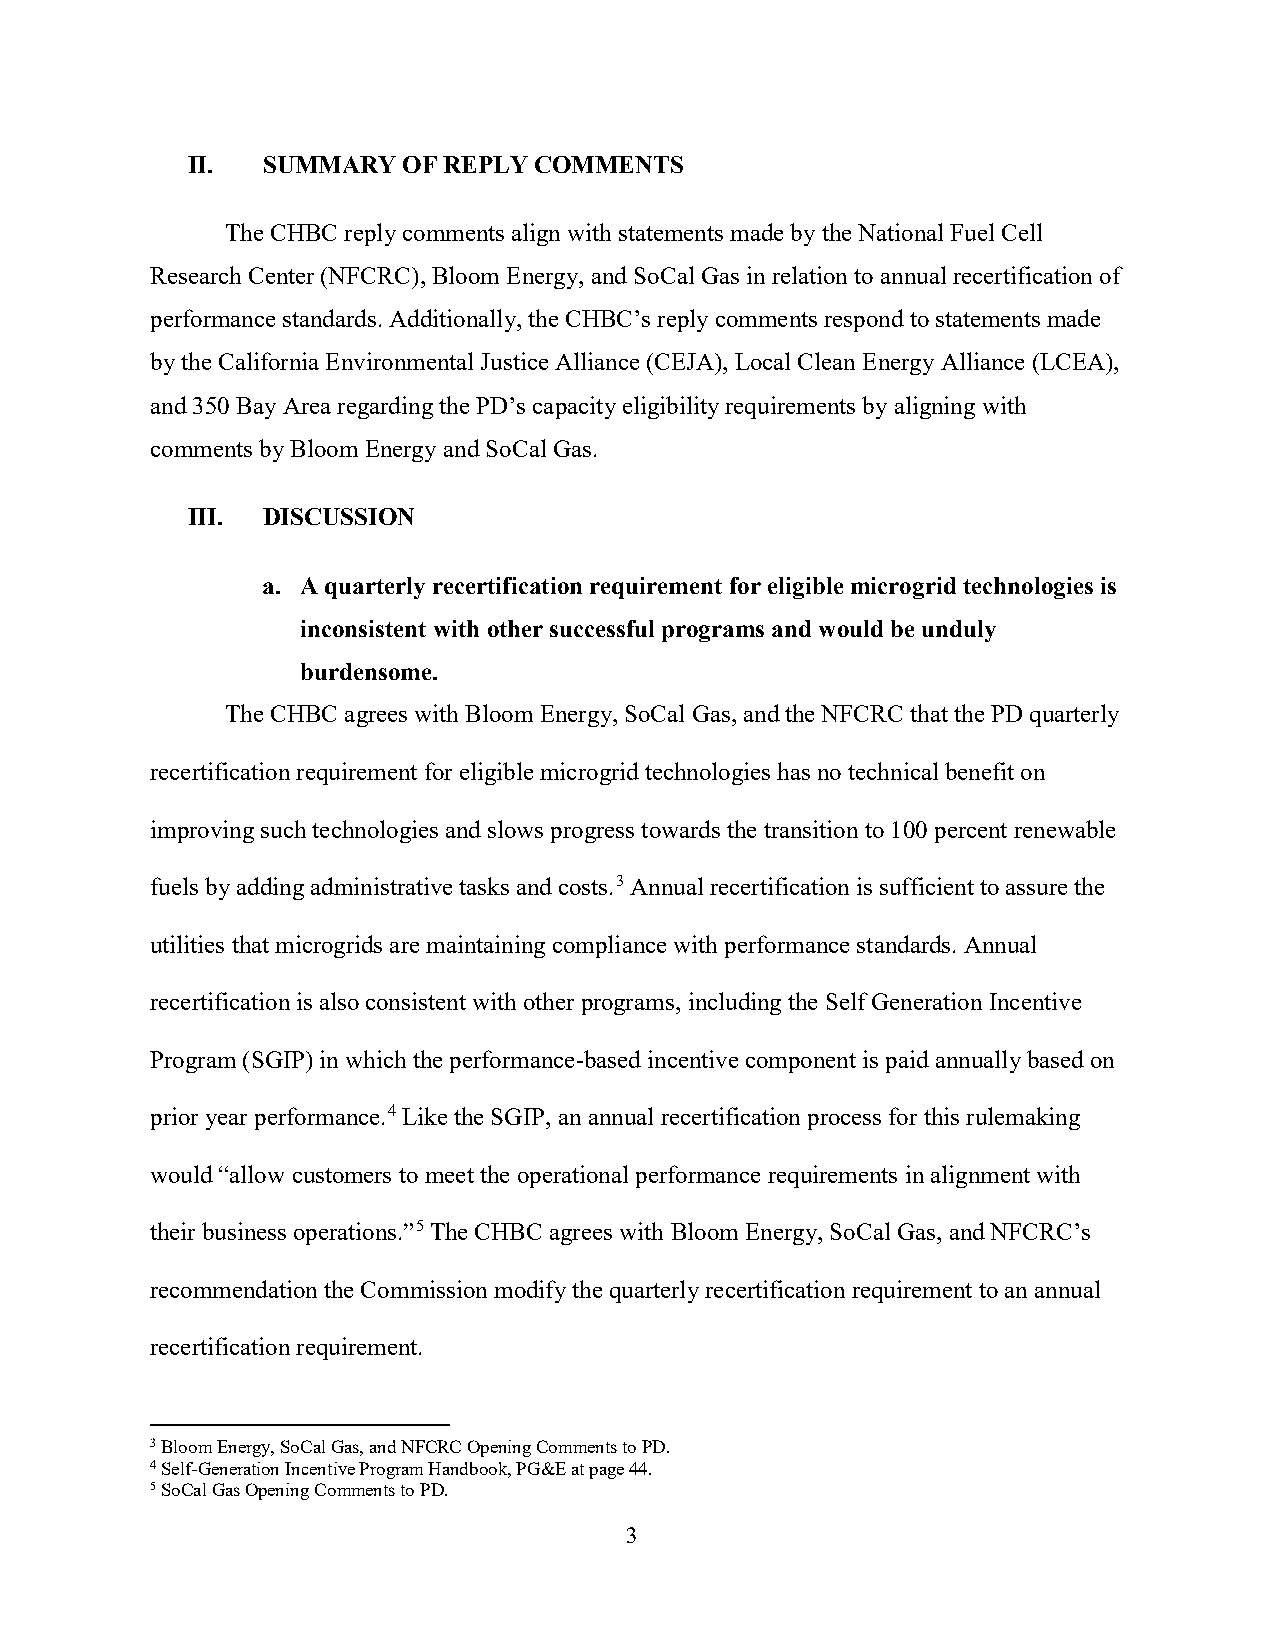
II.  SUMMARY   OF REPLY COMMENTS
 The CHBC reply comments align with statements made by the National Fuel Cell
 Research Center (NFCRC), Bloom Energy, and SoCal Gas in relation to annual recertification of
 performance standards. Additionally, the CHBC’s reply comments respond to statements made
 by the California Environmental Justice Alliance (CEJA), Local Clean Energy Alliance (LCEA),
 and 350 Bay Area regarding the PD’s capacity eligibility requirements by aligning with
 comments by Bloom Energy and SoCal Gas.
 III. DISCUSSION
 a. A quarterly recertification requirement for eligible microgrid technologies is
 inconsistent with other successful programs and would be unduly
 burdensome.
 The CHBC agrees with Bloom Energy, SoCal Gas, and the NFCRC that the PD quarterly
 recertification requirement for eligible microgrid technologies has no technical benefit on
 improving such technologies and slows progress towards the transition to 100 percent renewable
 fuels by adding administrative tasks and costs.3 Annual recertification is sufficient to assure the
 utilities that microgrids are maintaining compliance with performance standards. Annual
 recertification is also consistent with other programs, including the Self Generation Incentive
 Program (SGIP) in which the performance-based incentive component is paid annually based on
 prior year performance.4 Like the SGIP, an annual recertification process for this rulemaking
 would “allow customers to meet the operational performance requirements in alignment with
 their business operations.”5 The CHBC agrees with Bloom Energy, SoCal Gas, and NFCRC’s
 recommendation the Commission modify the quarterly recertification requirement to an annual
 recertification requirement.
 3 Bloom Energy, SoCal Gas, and NFCRC Opening Comments to PD.
 4 Self-Generation Incentive Program Handbook, PG&E at page 44.
 5 SoCal Gas Opening Comments to PD.
 3